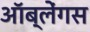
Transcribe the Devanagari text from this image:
ऑब्लेंगस